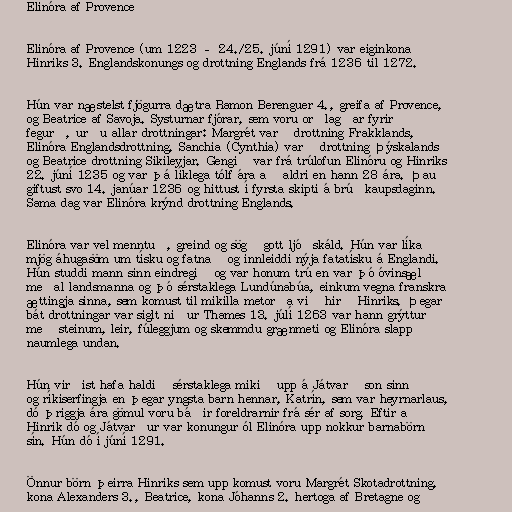
Elinóra af Provence

Elinóra af Provence (um 1223 – 24./25. júní 1291) var eiginkona
Hinriks 3. Englandskonungs og drottning Englands frá 1236 til 1272.

Hún var næstelst fjögurra dætra Ramon Berenguer 4., greifa af Provence,
og Beatrice af Savoja. Systurnar fjórar, sem voru orðlagðar fyrir
fegurð, urðu allar drottningar: Margrét varð drottning Frakklands,
Elinóra Englandsdrottning, Sanchia (Cynthia) varð drottning Þýskalands
og Beatrice drottning Sikileyjar. Gengið var frá trúlofun Elinóru og Hinriks
22. júní 1235 og var þá líklega tólf ára að aldri en hann 28 ára. Þau
giftust svo 14. janúar 1236 og hittust í fyrsta skipti á brúðkaupsdaginn.
Sama dag var Elinóra krýnd drottning Englands.

Elinóra var vel menntuð, greind og sögð gott ljóðskáld. Hún var líka
mjög áhugasöm um tísku og fatnað og innleiddi nýja fatatísku á Englandi.
Hún studdi mann sinn eindregið og var honum trú en var þó óvinsæl
meðal landsmanna og þó sérstaklega Lundúnabúa, einkum vegna franskra
ættingja sinna, sem komust til mikilla metorða við hirð Hinriks. Þegar
bát drottningar var siglt niður Thames 13. júlí 1263 var hann grýttur
með steinum, leir, fúleggjum og skemmdu grænmeti og Elinóra slapp
naumlega undan.

Hún virðist hafa haldið sérstaklega mikið upp á Játvarð son sinn
og ríkiserfingja en þegar yngsta barn hennar, Katrín, sem var heyrnarlaus,
dó þriggja ára gömul voru báðir foreldrarnir frá sér af sorg. Eftir að
Hinrik dó og Játvarður var konungur ól Elinóra upp nokkur barnabörn
sín. Hún dó í júní 1291.

Önnur börn þeirra Hinriks sem upp komust voru Margrét Skotadrottning,
kona Alexanders 3., Beatrice, kona Jóhanns 2. hertoga af Bretagne og